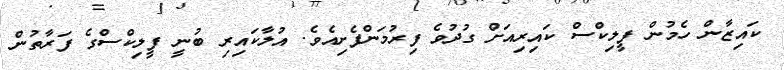
ކައިޒާން ހެމުން ފީލިކްސް ކައިރިއަށް ގުދުވެ ފިރުމަންފެށިއެވެ. އުލާކައިރި ބުނީ ފީލިކްސްގެ ފަރާތުން